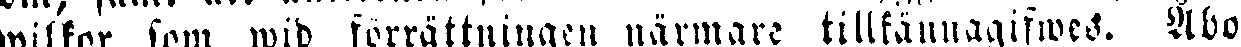
wilkor som wid förrättningen närmare tillkännagifwes. Åbo